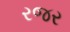
રજર